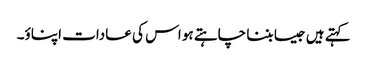
کہتے ہیں جیسا بننا چاہتے ہو اس کی عادات اپناؤ۔